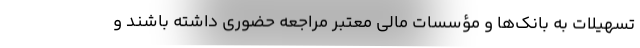
تسهیلات به بانک‌ها و مؤسسات مالی معتبر مراجعه حضوری داشته باشند و